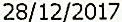
28/12/2017